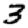
Digit: 3